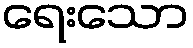
ရေးသော